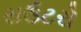
રાઉટરો